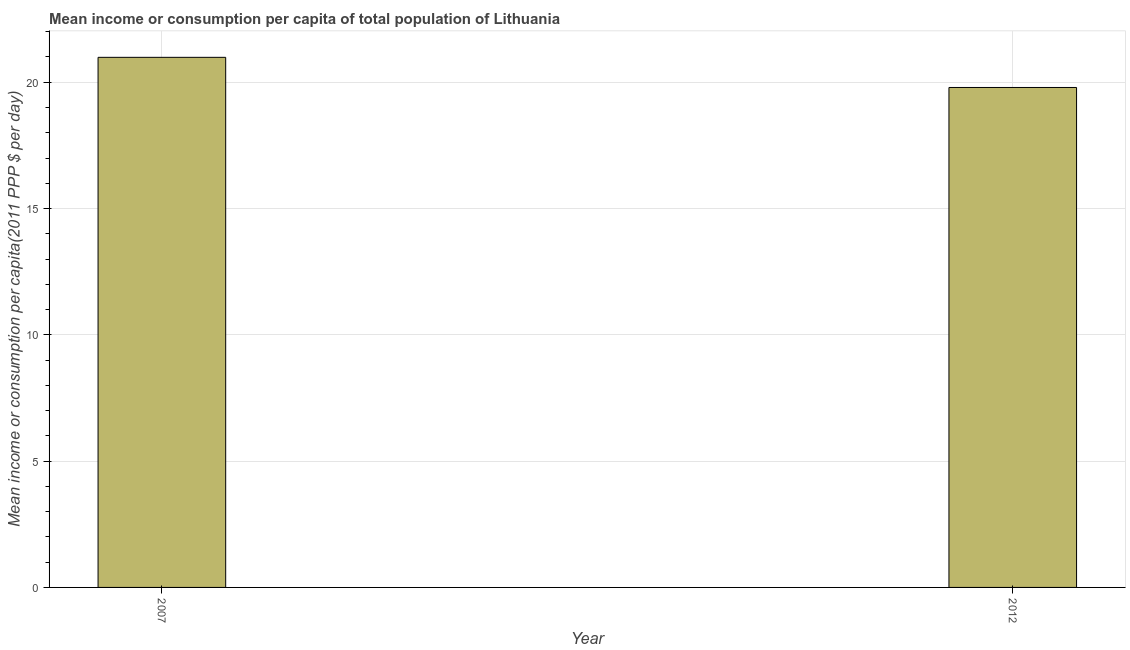
| Year | Total population |
 | --- | --- |
 | 2007 | 21 |
 | 2012 | 19.8 |